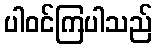
ပါဝင်ကြပါသည်